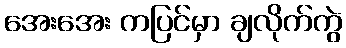
အေးအေး ကပြင်မှာ ချလိုက်ကွဲ